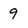
Character: 9